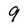
Character: 9